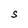
Character: S